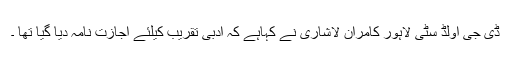
ڈی جی اولڈ سٹی لاہور کامران لاشاری نے کہاہے کہ ادبی تقریب کیلئے اجازت نامہ دیا گیا تھا ۔